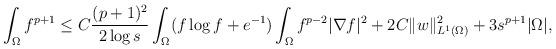
LaTeX: \begin{align*}\begin{aligned}\int_{\Omega}f^{p +1}\le C\frac{(p+1)^{2}}{2\log s}\int_{\Omega} (f\log f+e^{-1})\int_{\Omega}f^{p -2}|\nabla f|^{2}+2C\| w\|_{L^{1}(\Omega)}^{2}+3s^{p +1}|\Omega|,\end{aligned}\end{align*}